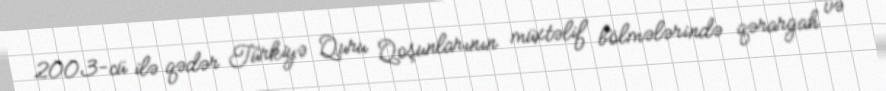
2003-cü ilə qədər Türkiyə Quru Qoşunlarının müxtəlif bölmələrində qərargah və